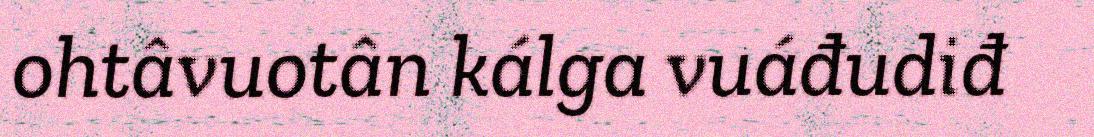
ohtâvuotân kálga vuáđudiđ